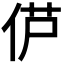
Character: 𫢠